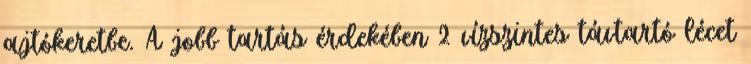
ajtókeretbe. A jobb tartás érdekében 2 vízszintes távtartó lécet